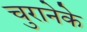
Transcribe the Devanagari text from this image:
चुरानेके